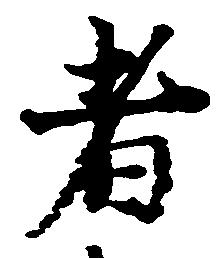
者